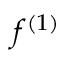
f ^ { ( 1 ) }